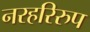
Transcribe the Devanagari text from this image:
नरहरिरुप